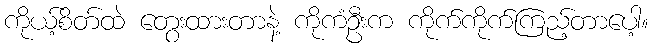
ကိုယ့်စိတ်ထဲ တွေးထားတာနဲ့ ကိုကံဦးက ကိုက်ကိုက်ကြည့်တာပေါ့။